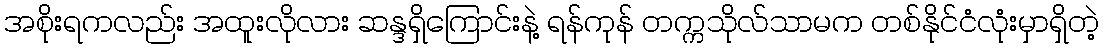
အစိုးရကလည်း အထူးလိုလား ဆန္ဒရှိကြောင်းနဲ့ ရန်ကုန် တက္ကသိုလ်သာမက တစ်နိုင်ငံလုံးမှာရှိတဲ့